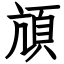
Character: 頏